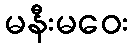
မနီးမဝေး